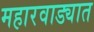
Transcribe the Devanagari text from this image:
महारवाड्यात